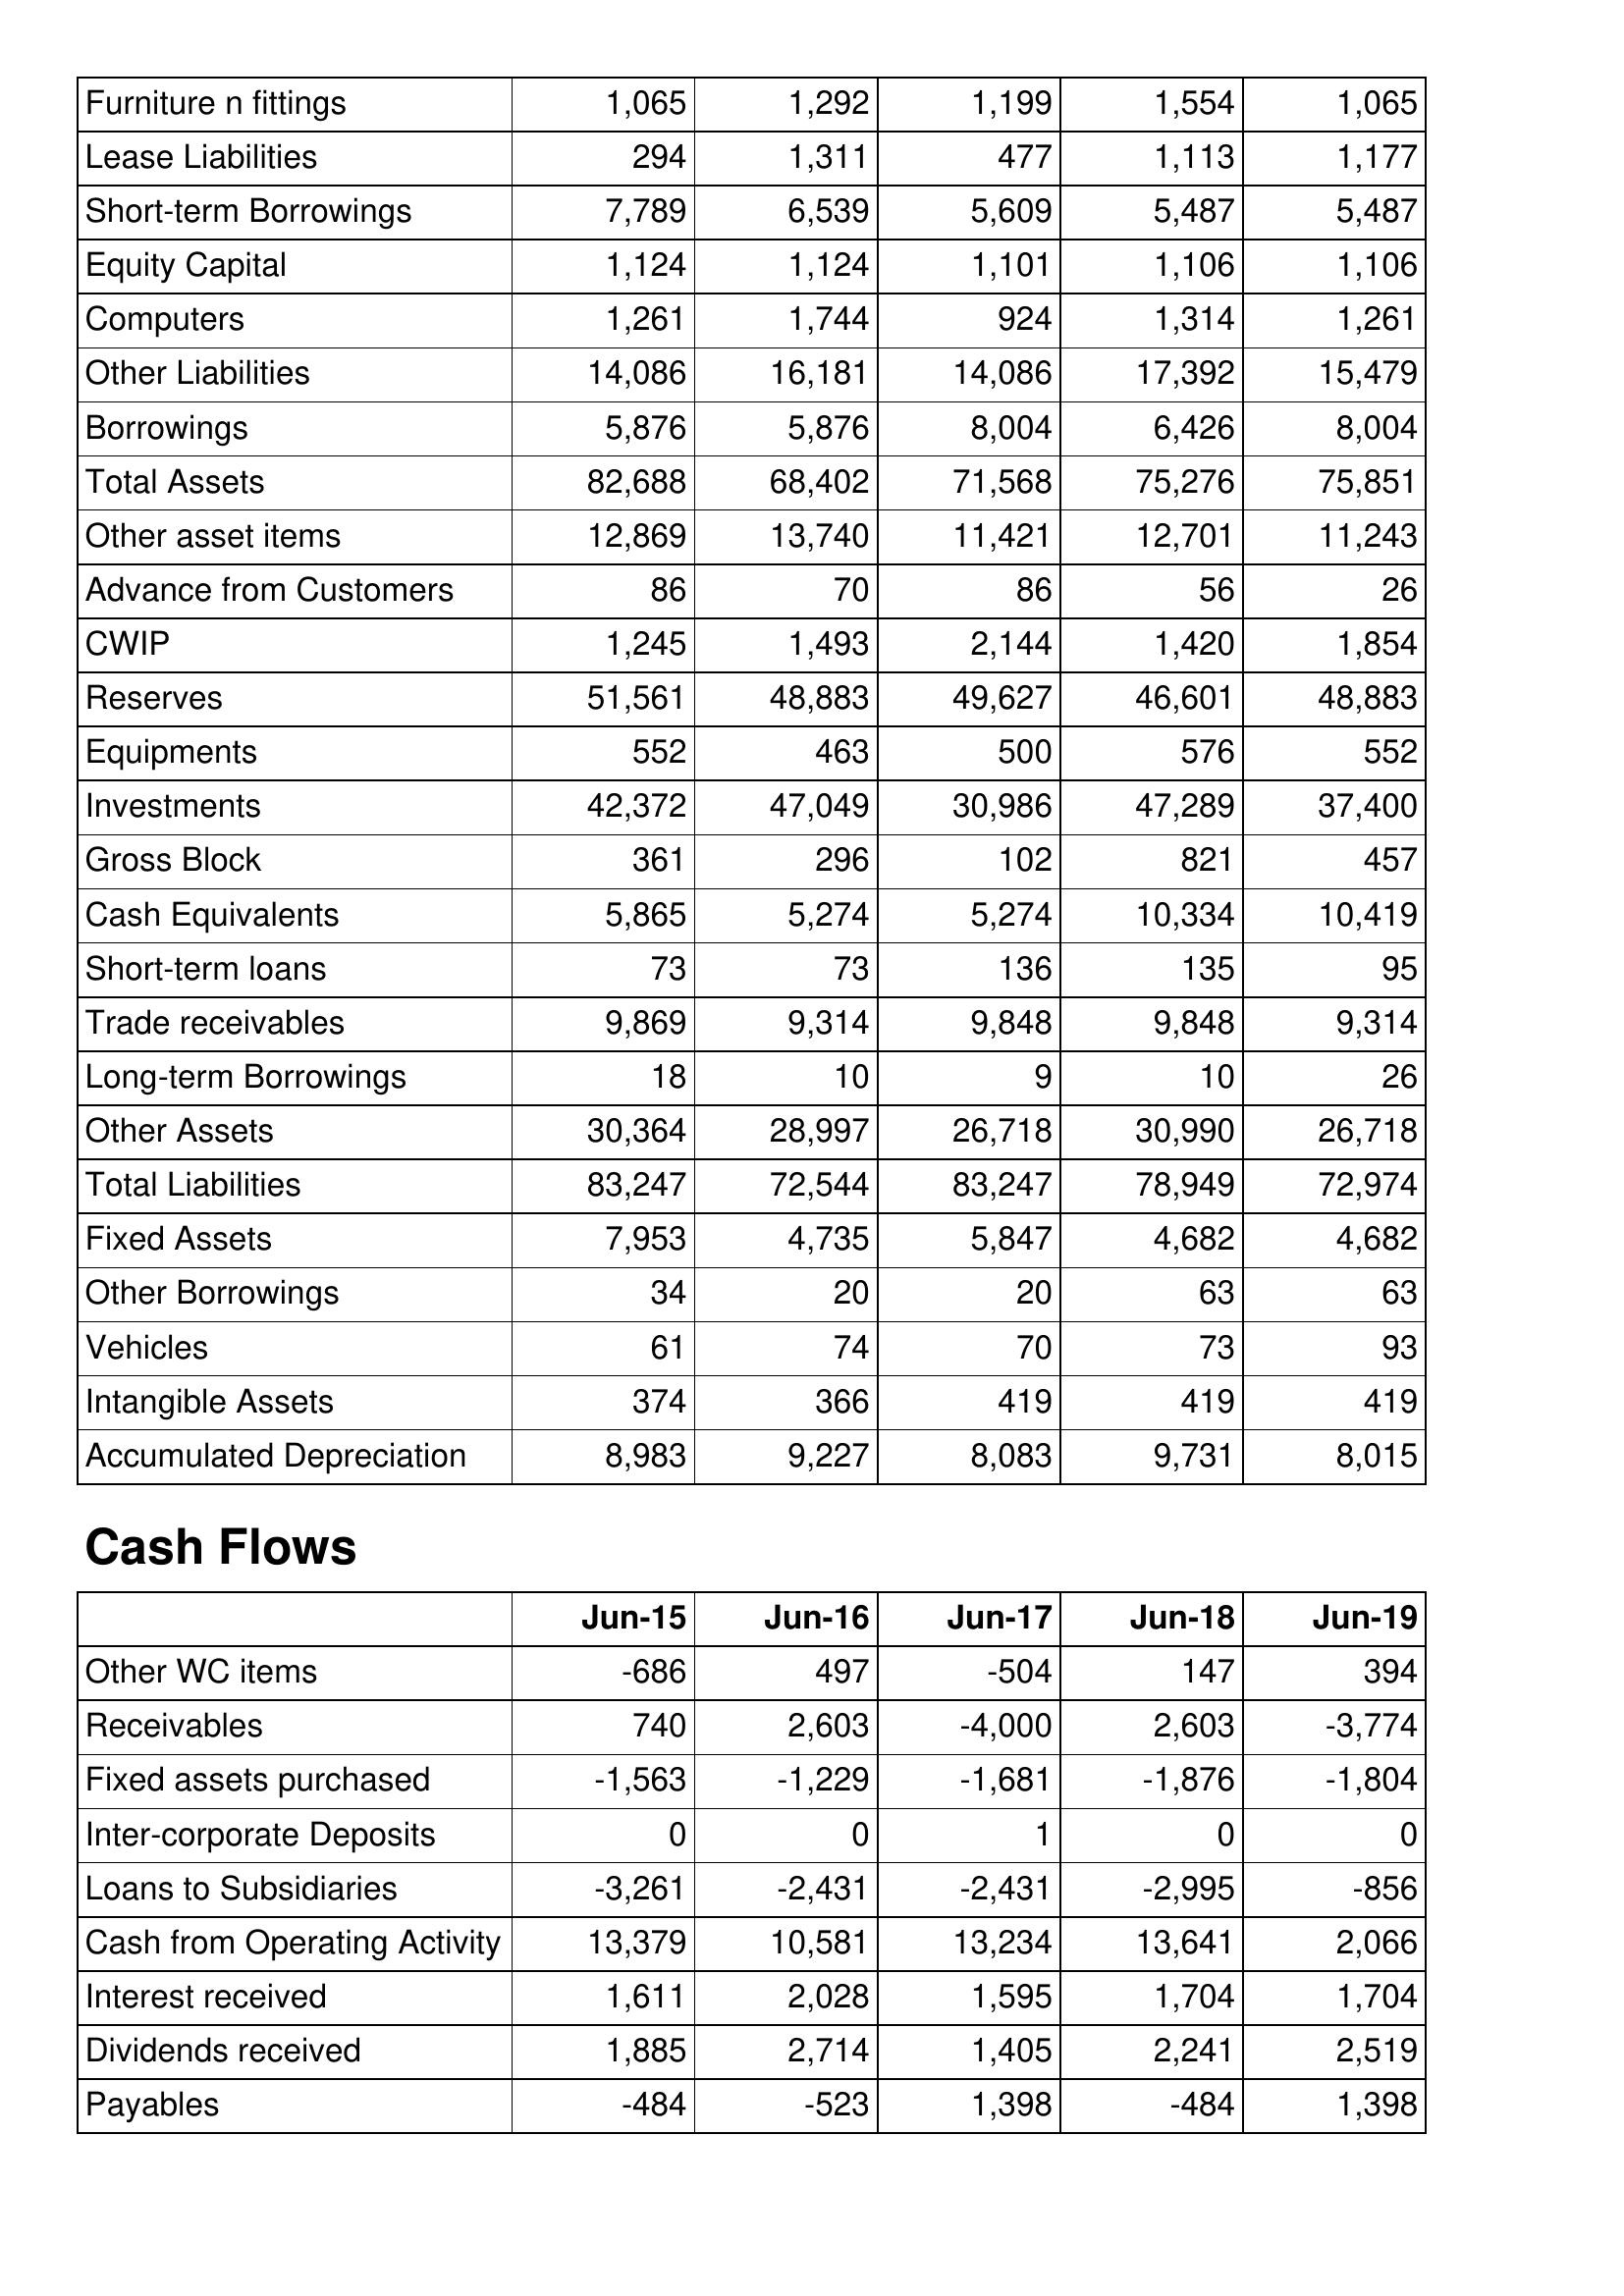
Jun-15: Balance Sheet: Furniture n fittings: 1,065
Lease Liabilities: 294
Short-term Borrowings: 7,789
Equity Capital: 1,124
Computers: 1,261
Other Liabilities: 14,086
Borrowings: 5,876
Total Assets: 82,688
Other asset items: 12,869
Advance from Customers: 86
CWIP: 1,245
Reserves: 51,561
Equipments: 552
Investments: 42,372
Gross Block: 361
Cash Equivalents: 5,865
Short-term loans: 73
Trade receivables: 9,869
Long-term Borrowings: 18
Other Assets: 30,364
Total Liabilities: 83,247
Fixed Assets: 7,953
Other Borrowings: 34
Vehicles: 61
Intangible Assets: 374
Accumulated Depreciation: 8,983
Cash Flows: Other WC items: -686
Receivables: 740
Fixed assets purchased: -1,563
Inter-corporate Deposits: 0
Loans to Subsidiaries: -3,261
Cash from Operating Activity: 13,379
Interest received: 1,611
Dividends received: 1,885
Payables: -484
Jun-16: Balance Sheet: Furniture n fittings: 1,292
Lease Liabilities: 1,311
Short-term Borrowings: 6,539
Equity Capital: 1,124
Computers: 1,744
Other Liabilities: 16,181
Borrowings: 5,876
Total Assets: 68,402
Other asset items: 13,740
Advance from Customers: 70
CWIP: 1,493
Reserves: 48,883
Equipments: 463
Investments: 47,049
Gross Block: 296
Cash Equivalents: 5,274
Short-term loans: 73
Trade receivables: 9,314
Long-term Borrowings: 10
Other Assets: 28,997
Total Liabilities: 72,544
Fixed Assets: 4,735
Other Borrowings: 20
Vehicles: 74
Intangible Assets: 366
Accumulated Depreciation: 9,227
Cash Flows: Other WC items: 497
Receivables: 2,603
Fixed assets purchased: -1,229
Inter-corporate Deposits: 0
Loans to Subsidiaries: -2,431
Cash from Operating Activity: 10,581
Interest received: 2,028
Dividends received: 2,714
Payables: -523
Jun-17: Balance Sheet: Furniture n fittings: 1,199
Lease Liabilities: 477
Short-term Borrowings: 5,609
Equity Capital: 1,101
Computers: 924
Other Liabilities: 14,086
Borrowings: 8,004
Total Assets: 71,568
Other asset items: 11,421
Advance from Customers: 86
CWIP: 2,144
Reserves: 49,627
Equipments: 500
Investments: 30,986
Gross Block: 102
Cash Equivalents: 5,274
Short-term loans: 136
Trade receivables: 9,848
Long-term Borrowings: 9
Other Assets: 26,718
Total Liabilities: 83,247
Fixed Assets: 5,847
Other Borrowings: 20
Vehicles: 70
Intangible Assets: 419
Accumulated Depreciation: 8,083
Cash Flows: Other WC items: -504
Receivables: -4,000
Fixed assets purchased: -1,681
Inter-corporate Deposits: 1
Loans to Subsidiaries: -2,431
Cash from Operating Activity: 13,234
Interest received: 1,595
Dividends received: 1,405
Payables: 1,398
Jun-18: Balance Sheet: Furniture n fittings: 1,554
Lease Liabilities: 1,113
Short-term Borrowings: 5,487
Equity Capital: 1,106
Computers: 1,314
Other Liabilities: 17,392
Borrowings: 6,426
Total Assets: 75,276
Other asset items: 12,701
Advance from Customers: 56
CWIP: 1,420
Reserves: 46,601
Equipments: 576
Investments: 47,289
Gross Block: 821
Cash Equivalents: 10,334
Short-term loans: 135
Trade receivables: 9,848
Long-term Borrowings: 10
Other Assets: 30,990
Total Liabilities: 78,949
Fixed Assets: 4,682
Other Borrowings: 63
Vehicles: 73
Intangible Assets: 419
Accumulated Depreciation: 9,731
Cash Flows: Other WC items: 147
Receivables: 2,603
Fixed assets purchased: -1,876
Inter-corporate Deposits: 0
Loans to Subsidiaries: -2,995
Cash from Operating Activity: 13,641
Interest received: 1,704
Dividends received: 2,241
Payables: -484
Jun-19: Balance Sheet: Furniture n fittings: 1,065
Lease Liabilities: 1,177
Short-term Borrowings: 5,487
Equity Capital: 1,106
Computers: 1,261
Other Liabilities: 15,479
Borrowings: 8,004
Total Assets: 75,851
Other asset items: 11,243
Advance from Customers: 26
CWIP: 1,854
Reserves: 48,883
Equipments: 552
Investments: 37,400
Gross Block: 457
Cash Equivalents: 10,419
Short-term loans: 95
Trade receivables: 9,314
Long-term Borrowings: 26
Other Assets: 26,718
Total Liabilities: 72,974
Fixed Assets: 4,682
Other Borrowings: 63
Vehicles: 93
Intangible Assets: 419
Accumulated Depreciation: 8,015
Cash Flows: Other WC items: 394
Receivables: -3,774
Fixed assets purchased: -1,804
Inter-corporate Deposits: 0
Loans to Subsidiaries: -856
Cash from Operating Activity: 2,066
Interest received: 1,704
Dividends received: 2,519
Payables: 1,398